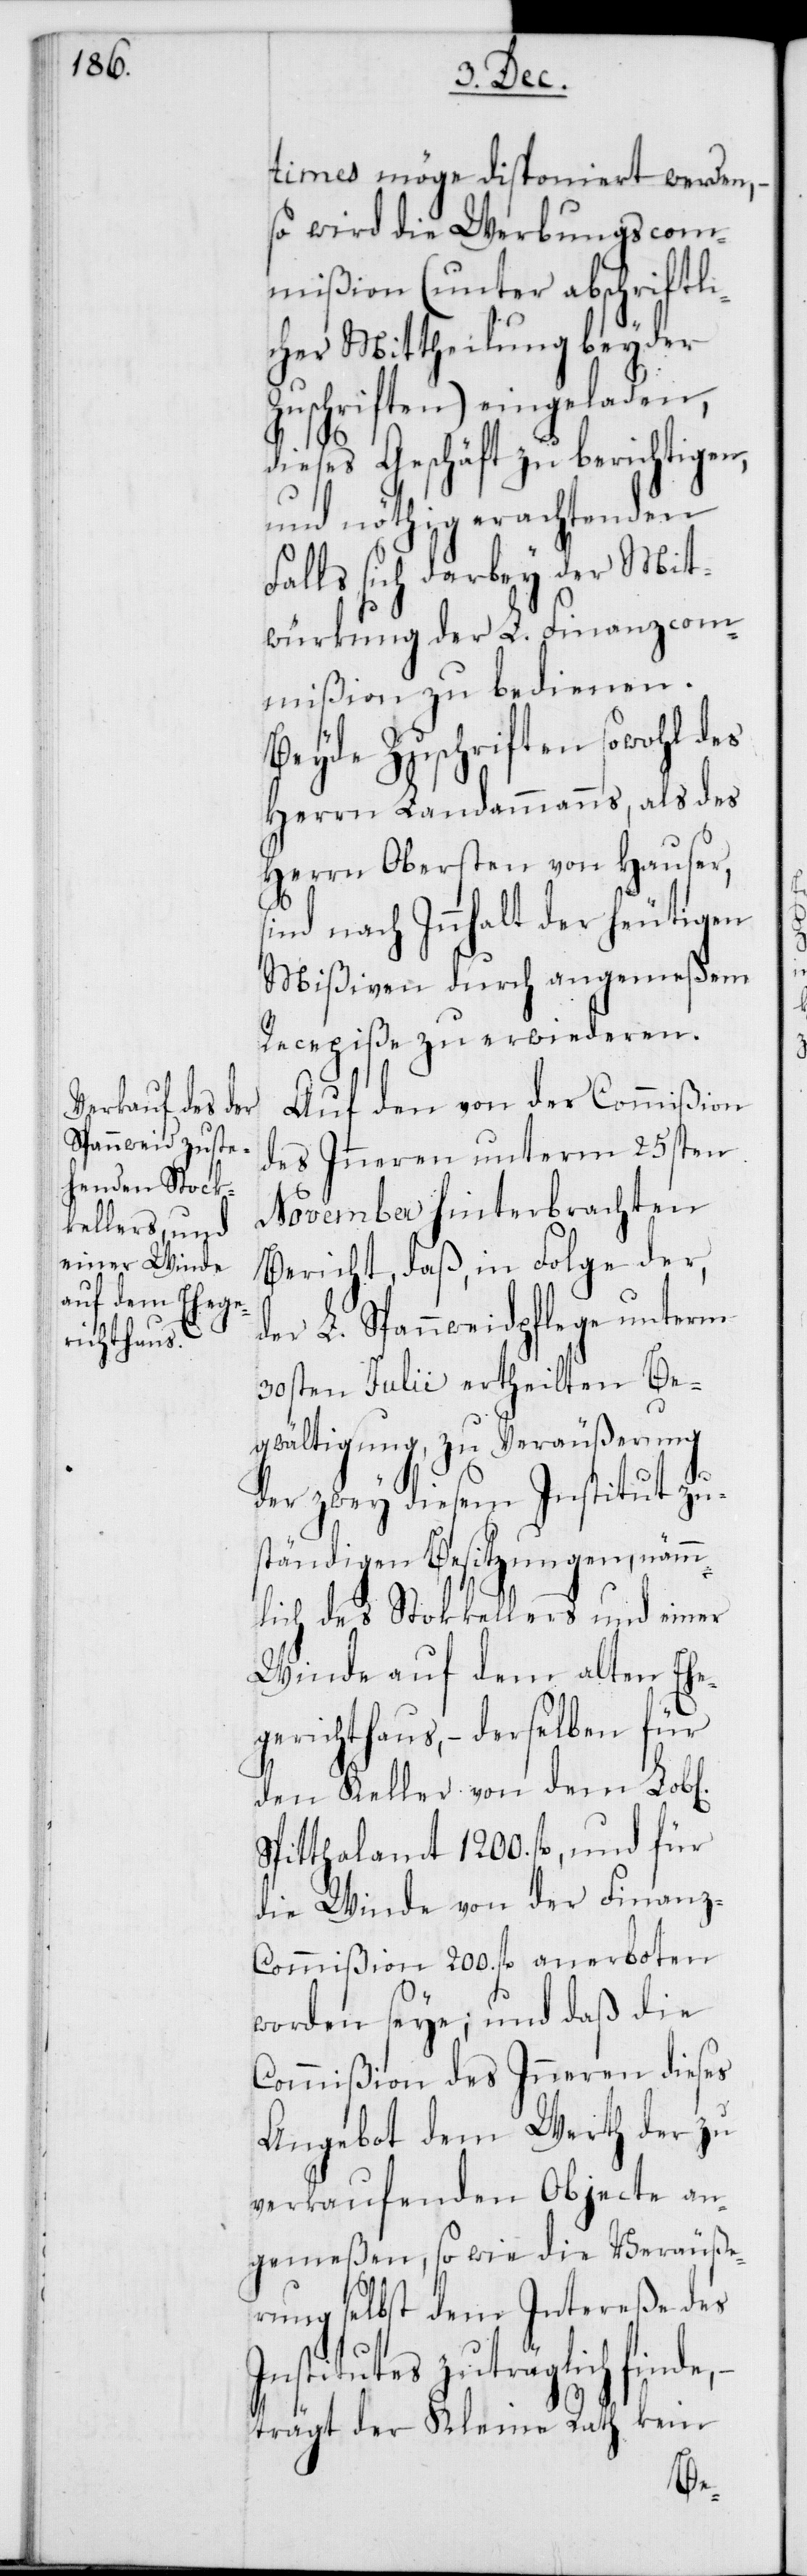
times möge disponiert werden, –
so wird die Werbungscom¬
mißion (unter abschriftl¬
icher Mittheilung beyder
Zuschriften) eingeladen,
dieses Geschäft zu berichtigen,
und nöthig erachtenden
Falls sich darbey der Mit¬
würkung der L. Finanzcom¬
mißion zu bedienen.
Beyde Zuschriften sowohl des
Herrn Landammanns, als des
Herrn Obersten von Hauser,
sind nach Innhalt der heutigen
Mißiven durch angemeßenem
Recepiße zu erwideren.
Auf den von der Commißion
des Inneren unterm 25sten
November hinterbrachten
Bericht, daß, in Folge der,
der L. Spannweidpflege unterm
30sten Julii ertheilten Be¬
gwältigung, zu Veräußerung
der zwey diesem Institut zu¬
ständigen Besitzungen, näm¬
mlich des Stockkellers und einer
Winde auf dem alten Ehe¬
gerichthaus, – derselben für
den Keller von dem Lobl[i¬
Spitthalamt 1200. fl., und für
die Winde von der Finanz-C¬
ommißion 200. fl. anerboten
worden seye; und daß die
Commißion des Inneren dieses
Angebot dem Werth der zu
verkaufenden Objecte an¬
gemeßen, so wie die Veräuße¬
rung selbst dem Intereße des
Institutes zuträglich finde,
trägt der Kleine Rath kein
chen]